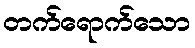
တက်ရောက်သော